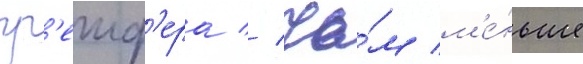
гр'еиф'ера // Че́м м'е́ньше